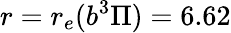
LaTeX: r=r_{e}(b^{3}\Pi)=6.62